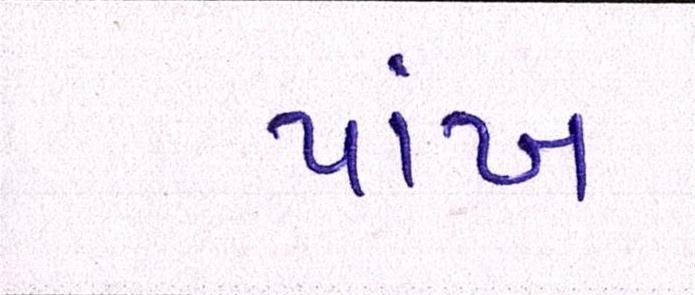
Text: પાંખ